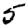
Digit: 5